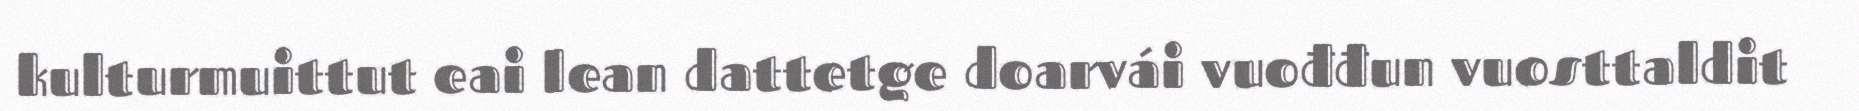
kulturmuittut eai lean dattetge doarvái vuođđun vuosttaldit